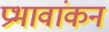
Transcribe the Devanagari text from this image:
प्रभावांकन